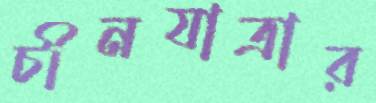
চীনযাত্রার